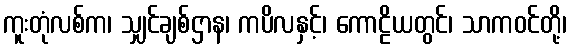
ကူးတုံလစ်က၊ သျှင်ချစ်ဌာန၊ ကပိလနှင့်၊ ကောဠိယတွင်၊ သာကဝင်တို့၊